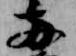
両